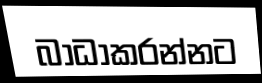
බාධාකරන්නට